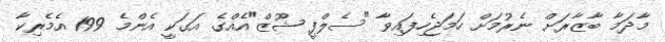
މާދަމާ ބާޒާރަށް ނެރުމަށް ހަމަޖެހިފައިވާ "ސެލްފީ ޝޫޒް"އެއްގެ އަގަކީ އެންމެ 199 އެމެރިކާ